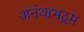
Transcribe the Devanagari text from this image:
अनंथाभद्रम